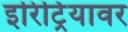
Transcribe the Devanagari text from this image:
इरिट्रियावर